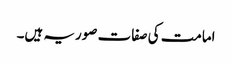
امامت کی صفات صوریہ ہیں۔